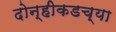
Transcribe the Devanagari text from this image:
दोन्हीकडच्या